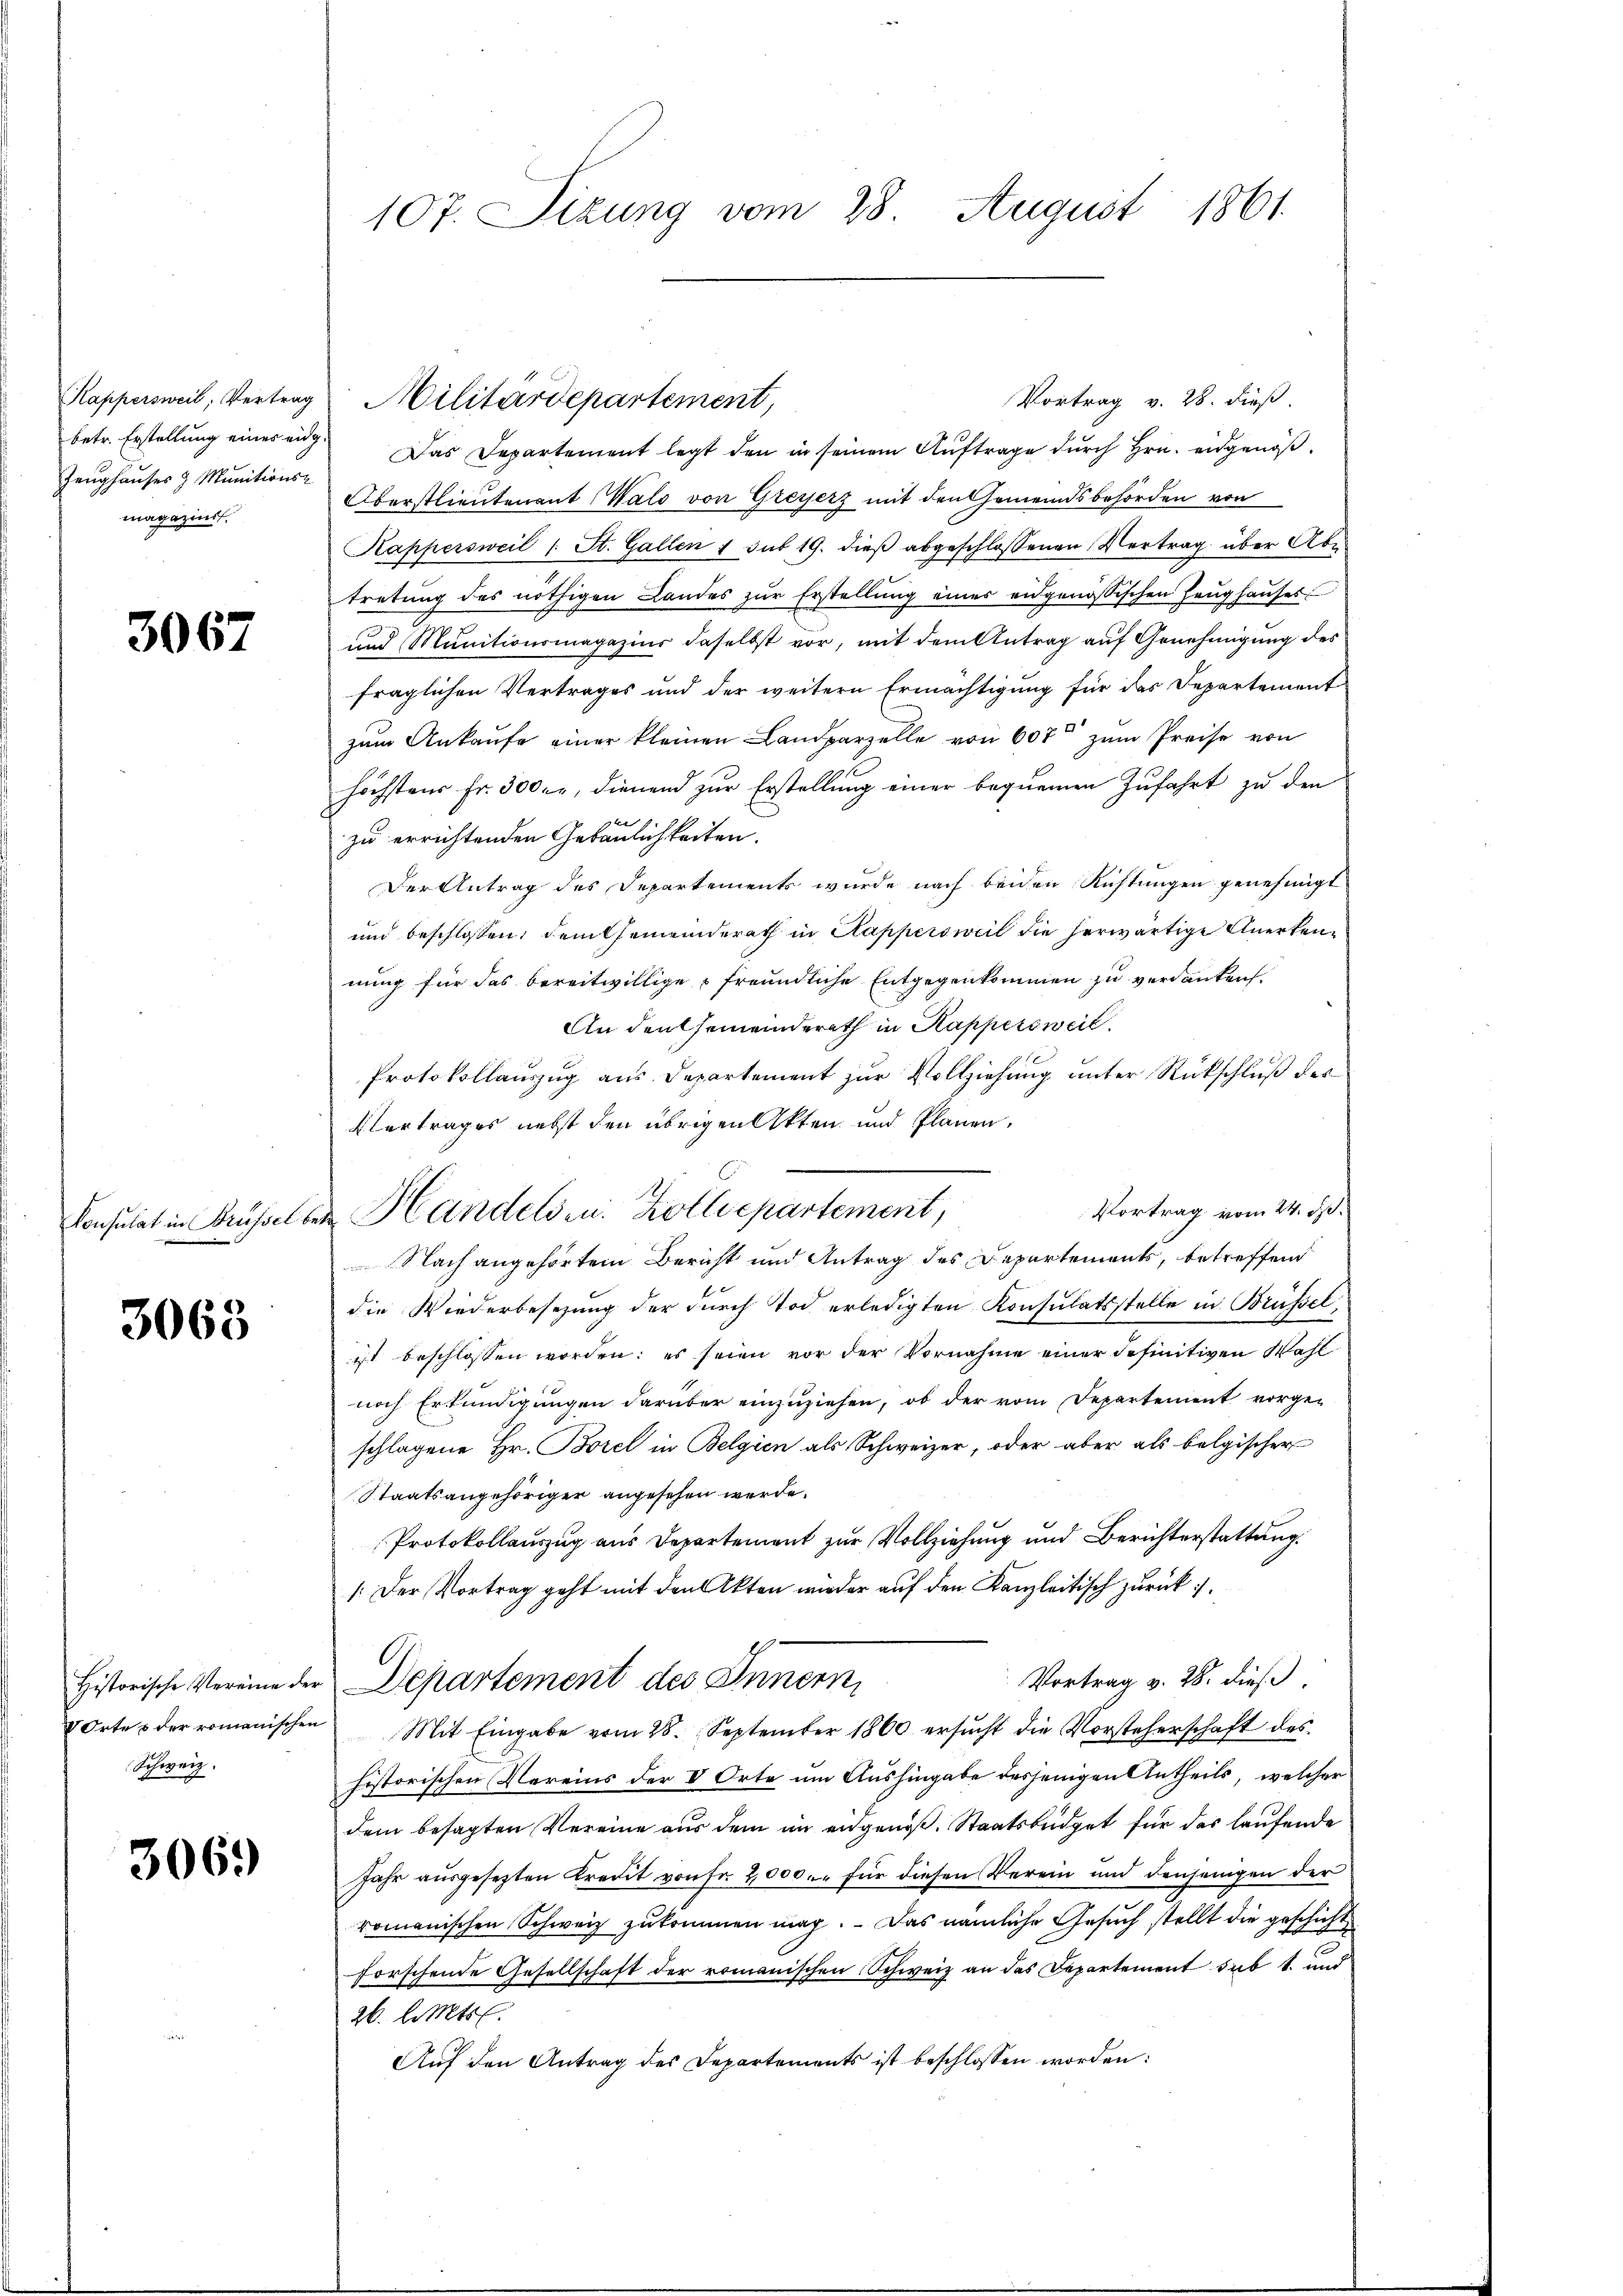
Zeughauses & Munitions-
magazinst.

3067

Consulat in Brüssel

3063

Schweiz.

306.

Vortrag v. 28. dieß
betr. Erstellung einer eidg. Das Departement legt den in seinem Auftrage durch Hrn. eidgenöß¬
Oberstlieutenant Wald von Greyerz mit den Gemeindsbehörden von
Kappersweil 1 St. Gallen 1 sub 19. dieβ abgeschlossenen Vertrag über Aber
tretung des nöthigen Landes zŭr Erstellung eines eidgenössischen Zeŭghaŭses
und Munitionsmagazins daselbst vor, mit dem Antrag auf Genehmigung des
fraglichen Vertrages und der weitern Ermächtigung für das Departement
zum Ankaufe einer kleinen Landparzelle von 607 zum Preise von
höchstens Fr. 300. r, dienend zur Erstellung einer bequemen Zufahrt zu den
zu errichtenden Gebäulichkeiten.
Der Antrag des Departements wurde nach beiden Richtungen genehmigt
und beschlossen; dem Gemeinderath in Kappersweil die herwärtige Anerkennung für das bereitwillige freundliche Entgegenkommen zu verdanken.
An den Gemeinderath in Kappersweil
Protokollauszug aus Departement zur Vollziehung unter Rückschluß des
Vertrages nebst den übrigen Akten und Plänen.
C
Vortrag vom 24. ds.
an Handelsen. Zolldepartement,
Nach angehörtem Bericht und Antrag des Departements, betreffend
die Wiederbesezung der durch Tod erledigten Konsulatsstelle in Brüssel,
ist beschlossen worden; es seien vor der Vornahme einer definitiven Wahl
nach Erkundigungen darüber einzuziehen, ob der vom Departement vorgeschlagene Hr. Borel in Belgien als Schweizer, oder aber als belgischer
Staatsangehöriger angesehen werde.
Protokollauszug aus Departement zur Vollziehung und Berichterstattung.
[.Der Vortrag geht mit den Akten wieder auf den Kanzleitisch zurückp
A
Vortrag v. 28. dieß
Historische Vereine der Departement des Innern,
 Orte & der romanischen Mit Eingabe vom 28. September 1860 ersŭcht die Vorsteherschaft des
historischen Vereins der V Orte um Aushingabe desjenigen Antheils, welcher
dem besagten Vereine aus dem im engenoß. Staatsbüdget für das laufende
Jahr ausgesezten Kredit von Fr. 2000. für diesen Verein und denjenigen der
romanischen Schweiz zukommen mag. Das nämliche Gesuch stellt die geschicht
forschende Gesellschaft der romanischen Schweiz an das Departement sub 1. und
26. d. Mts.
Auf den Antrag des Departements ist beschlossen worden:

107. Sizung vom 28. August 1861

Kappersweil, Vertrag Militärdepartement,